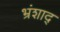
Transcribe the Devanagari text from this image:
भ्रंशाद्